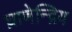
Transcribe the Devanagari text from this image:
घ्राणेन्द्रिय